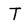
Character: T